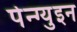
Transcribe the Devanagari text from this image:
पेन्ग्युइन